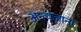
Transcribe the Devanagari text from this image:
अन्त्यजानां